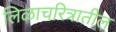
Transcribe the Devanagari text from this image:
लिळाचरित्रातील